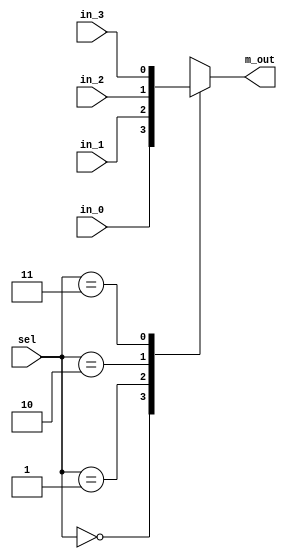
`timescale 1ns / 1ps

//________________________________________________________// 
//               4X1 Multiplexer Module                   // 
//________________________________________________________// 

module MUX_4X1_part(
output reg m_out,
input in_0, in_1, in_2, in_3,
input [1:0] sel );

always @(in_0, in_1, in_2, in_3, sel)
case(sel)
2'b00 : m_out = in_0;
2'b01 : m_out = in_1;
2'b10 : m_out = in_2;
2'b11 : m_out = in_3;
endcase
endmodule